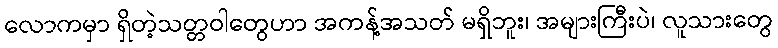
လောကမှာ ရှိတဲ့သတ္တဝါတွေဟာ အကန့်အသတ် မရှိဘူး၊ အများကြီးပဲ၊ လူသားတွေ